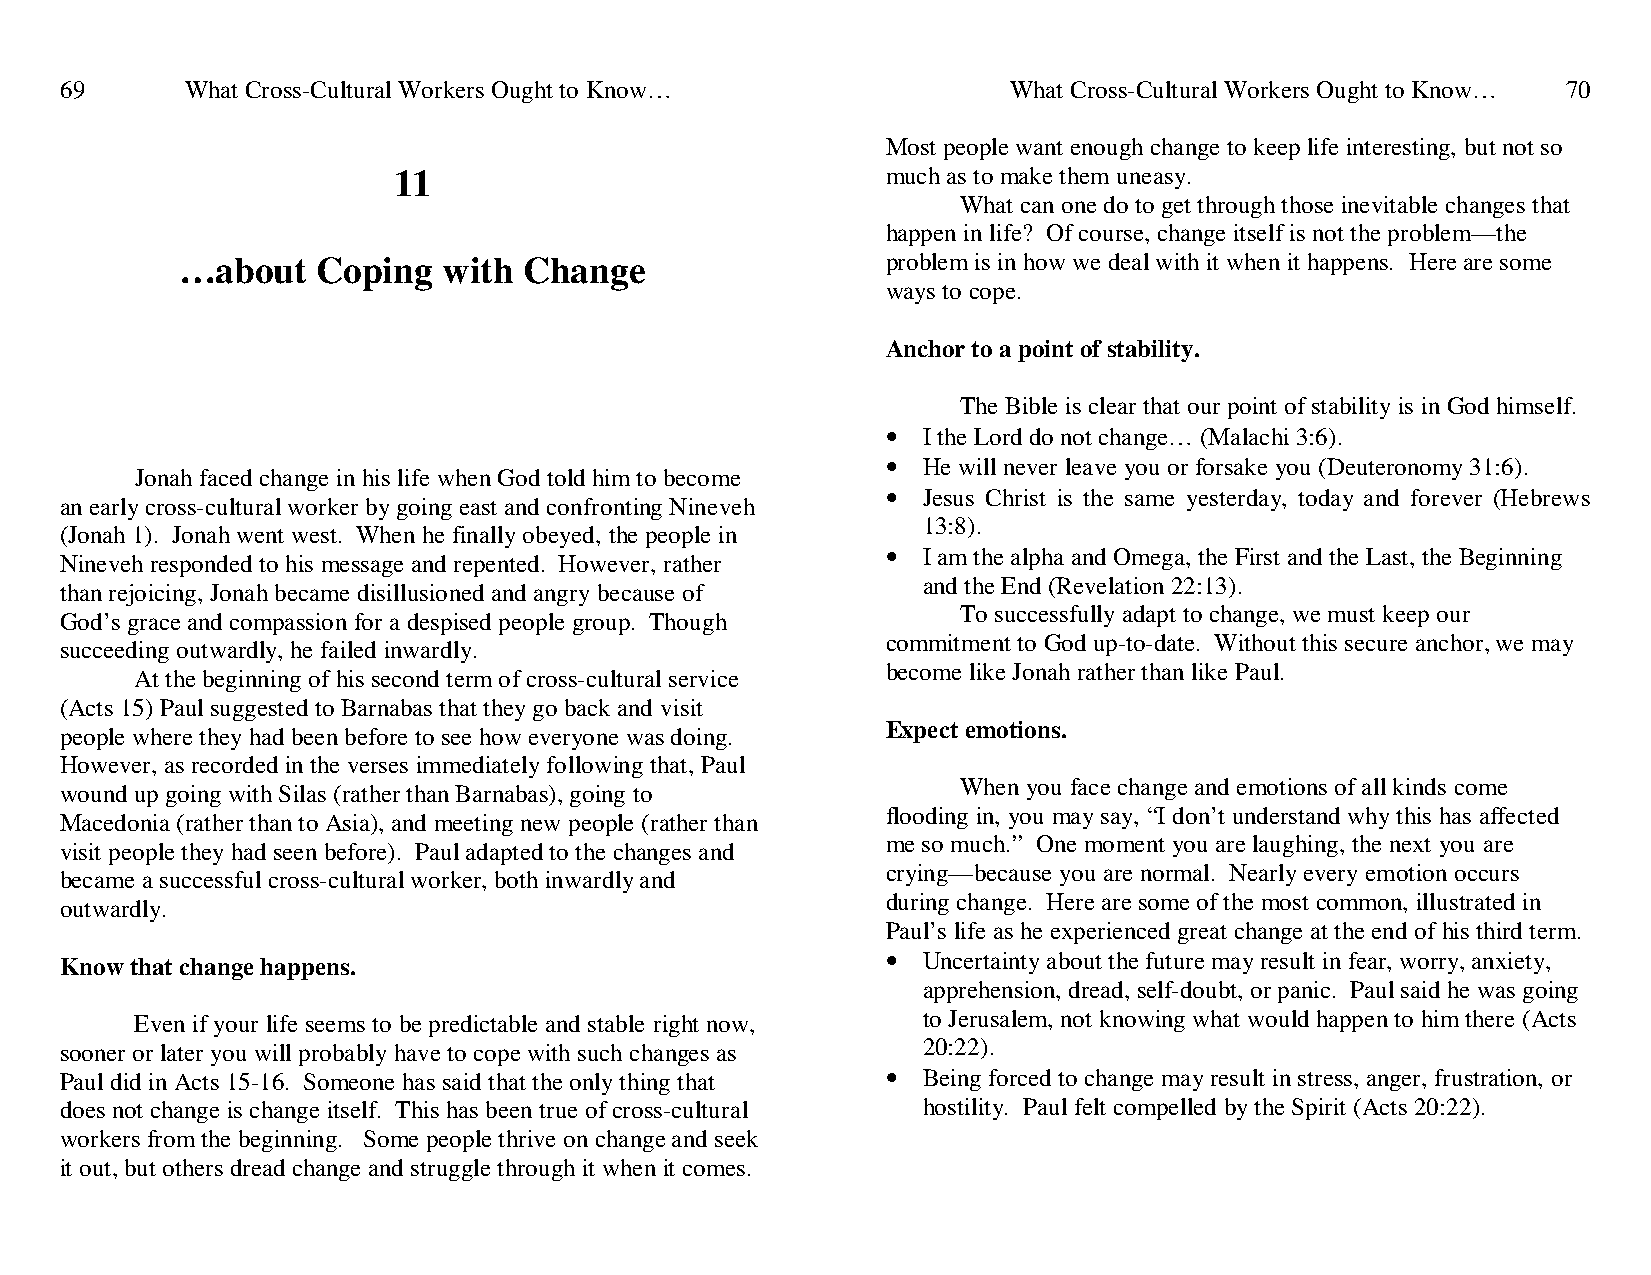
69      What Cross-Cultural Workers Ought to Know…             What Cross-Cultural Workers Ought to Know… 70
 Most people want enough change to keep life interesting, but not so
 11                               much as to make them uneasy.
 What can one do to get through those inevitable changes that
 happen in life? Of course, change itself is not the problem—the
 …about   Coping  with  Change                  problem is in how we deal with it when it happens. Here are some
 ways to cope.
 Anchor to a point of stability.
 The Bible is clear that our point of stability is in God himself.
 • I the Lord do not change… (Malachi 3:6).
 • He will never leave you or forsake you (Deuteronomy 31:6).
 Jonah faced change in his life when God told him to become
 • Jesus Christ is the same yesterday, today and forever (Hebrews
 an early cross-cultural worker by going east and confronting Nineveh
 13:8).
 (Jonah 1). Jonah went west. When he finally obeyed, the people in
 • I am the alpha and Omega, the First and the Last, the Beginning
 Nineveh responded to his message and repented. However, rather
 and the End (Revelation 22:13).
 than rejoicing, Jonah became disillusioned and angry because of
 To successfully adapt to change, we must keep our
 God’s grace and compassion for a despised people group. Though
 commitment to God up-to-date. Without this secure anchor, we may
 succeeding outwardly, he failed inwardly.
 become like Jonah rather than like Paul.
 At the beginning of his second term of cross-cultural service
 (Acts 15) Paul suggested to Barnabas that they go back and visit
 Expect emotions.
 people where they had been before to see how everyone was doing.
 However, as recorded in the verses immediately following that, Paul
 When you face change and emotions of all kinds come
 wound up going with Silas (rather than Barnabas), going to
 flooding in, you may say, “I don’t understand why this has affected
 Macedonia (rather than to Asia), and meeting new people (rather than
 me so much.” One moment you are laughing, the next you are
 visit people they had seen before). Paul adapted to the changes and
 crying—because you are normal. Nearly every emotion occurs
 became a successful cross-cultural worker, both inwardly and
 during change. Here are some of the most common, illustrated in
 outwardly.
 Paul’s life as he experienced great change at the end of his third term.
 Know that change happens.                              • Uncertainty about the future may result in fear, worry, anxiety,
 apprehension, dread, self-doubt, or panic. Paul said he was going
 Even if your life seems to be predictable and stable right now, to Jerusalem, not knowing what would happen to him there (Acts
 sooner or later you will probably have to cope with such changes as 20:22).
 Paul did in Acts 15-16. Someone has said that the only thing that • Being forced to change may result in stress, anger, frustration, or
 does not change is change itself. This has been true of cross-cultural hostility. Paul felt compelled by the Spirit (Acts 20:22).
 workers from the beginning. Some people thrive on change and seek
 it out, but others dread change and struggle through it when it comes.